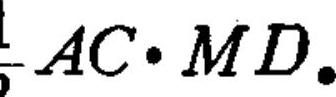
\(\frac{1}{2}AC\cdot MD\)